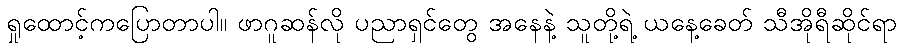
ရှုထောင့်ကပြောတာပါ။ ဖာဂူဆန်လို ပညာရှင်တွေ အနေနဲ့ သူတို့ရဲ့ ယနေ့ခေတ် သီအိုရီဆိုင်ရာ